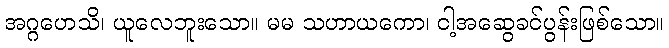
အဂ္ဂဟေသိ၊ ယူလေဘူးသော။ မမ သဟာယကော၊ ငါ့အဆွေခင်ပွန်းဖြစ်သော။